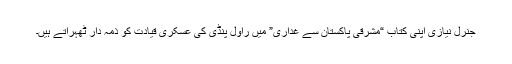
جنرل نیازی اپنی کتاب “مشرقی پاکستان سے غداری” میں راول پنڈی کی عسکری قیادت کو ذمہ دار ٹھہراتے ہیں۔